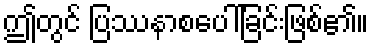
ဤတွင် ပြဿနာစပေါ်ခြင်းဖြစ်၏။